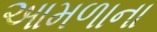
આમળાના